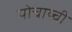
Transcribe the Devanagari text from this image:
पोचाय्ची